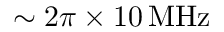
\sim 2 \pi \times 1 0 \, \mathrm { M H z }